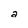
Character: a